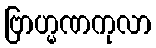
ဗြာဟ္မဏကုလာ